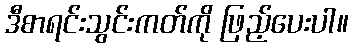
ဒီစာရင်းသွင်းကတ်ကို ဖြည့်ပေးပါ။